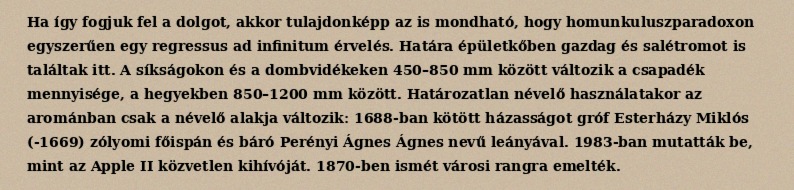
Ha így fogjuk fel a dolgot, akkor tulajdonképp az is mondható, hogy homunkuluszparadoxon egyszerűen egy regressus ad infinitum érvelés. Határa épületkőben gazdag és salétromot is találtak itt. A síkságokon és a dombvidékeken 450–850 mm között változik a csapadék mennyisége, a hegyekben 850–1200 mm között. Határozatlan névelő használatakor az arománban csak a névelő alakja változik: 1688-ban kötött házasságot gróf Esterházy Miklós (-1669) zólyomi főispán és báró Perényi Ágnes Ágnes nevű leányával. 1983-ban mutatták be, mint az Apple II közvetlen kihívóját. 1870-ben ismét városi rangra emelték.